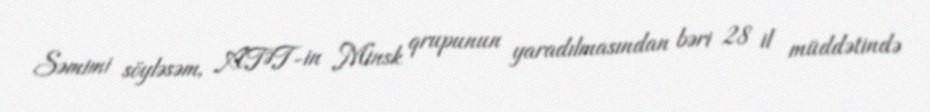
Səmimi söyləsəm, ATƏT-in Minsk qrupunun yaradılmasından bəri 28 il müddətində